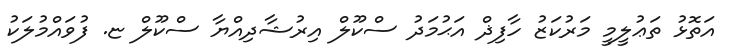
އަތޮޅު ތަޢުލީމީ މަރުކަޒު ހާފިޛް އަޙުމަދު ސްކޫލް އިރުޝާދިއްޔާ ސްކޫލް ޏ. ފުވައްމުލަކު